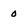
Character: 0